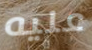
عليه